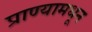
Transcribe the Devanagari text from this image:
प्राण्यामधून